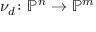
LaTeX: \nu _ { d } \colon \mathbb { P } ^ { n } \to \mathbb { P } ^ { m }